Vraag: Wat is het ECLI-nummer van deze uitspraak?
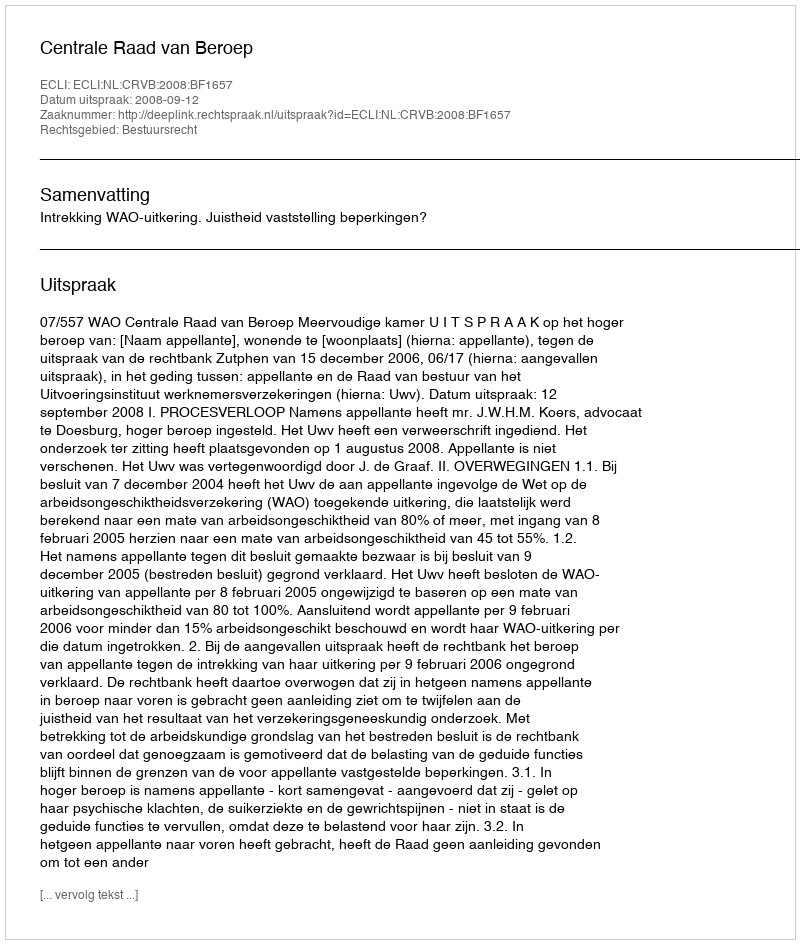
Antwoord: ECLI:NL:CRVB:2008:BF1657